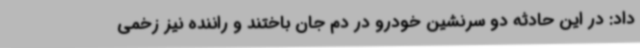
داد: در این حادثه دو سرنشین خودرو در دم جان باختند و راننده نیز زخمی